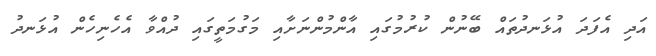
އަދި އެފަދަ އުޅަނދުތައް ބޭނުން ކުރުމުގައި އާންމުންނަށާއި މަގުމަތީގައި ދުއްވާ އެހެނިހެން އުޅަނދު